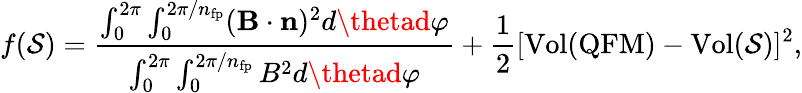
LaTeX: f(\mathcal{S})=\frac{{\int_{0}^{2\pi}\int_{0}^{2\pi/n_{\mathrm{{fp}}}}(\mathbf{B}\cdot\mathbf{n})^{2}d\thetad\varphi}}{{\int_{0}^{2\pi}\int_{0}^{2\pi/n_{\mathrm{{fp}}}}B^{2}d\thetad\varphi}}+\frac{{1}}{{2}}[\mathrm{{Vol}}(\mathrm{{QFM}})-\mathrm{{Vol}}(\mathcal{S})]^{2},